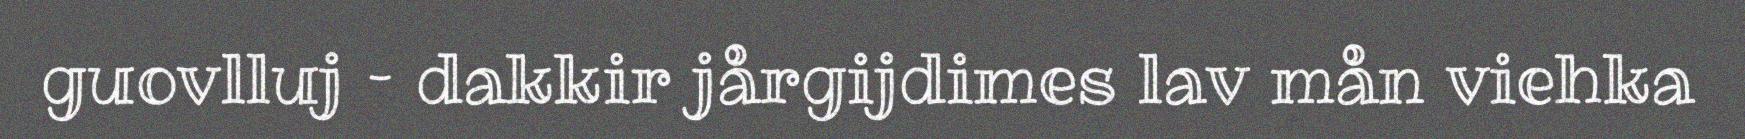
guovlluj – dakkir jårgijdimes lav mån viehka